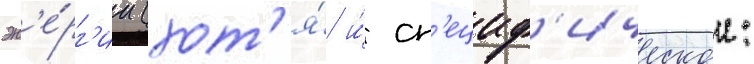
эн'е́рг'ии (хот'я́ и́ сп'ециф'ическои: